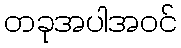
တခုအပါအဝင်